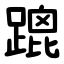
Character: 䠘